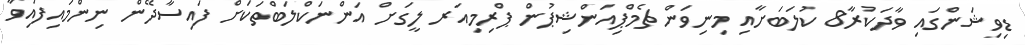
ޑިވިޝަންގައި ވާދަކުރާ8 ކުލަބަށާއި މިނިވަން ޗެމްޕިއަންޝިޕުން ޕްރިމިއަރ ލީގަށް އަންނަކްލަބްތަކަށް ފައިސާދޭން ނިންމައިފައިވާ